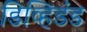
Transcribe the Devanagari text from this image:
डिव्हिडंड